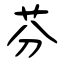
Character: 芬